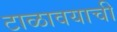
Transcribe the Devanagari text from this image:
टाळावयाची